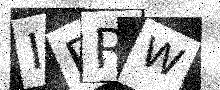
Text: IRRW